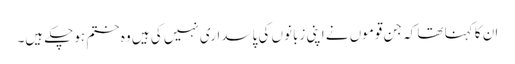
ان کا کہنا تھا کہ جن قوموں نے اپنی زبانوں کی پاسداری نہیں کی ہیں وہ ختم ہوچکے ہیں۔